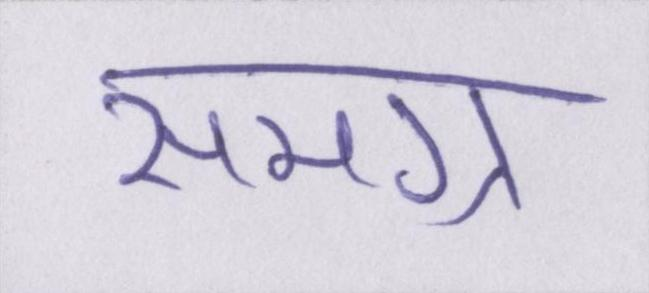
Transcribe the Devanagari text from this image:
समग्र